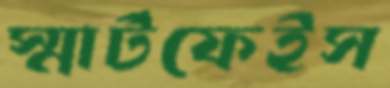
স্মার্টফেইস